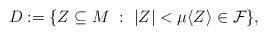
LaTeX: \begin{align*}D:= \{ Z \subseteq M \ : \ |Z| < \mu \langle Z \rangle \in \mathcal{F} \},\end{align*}